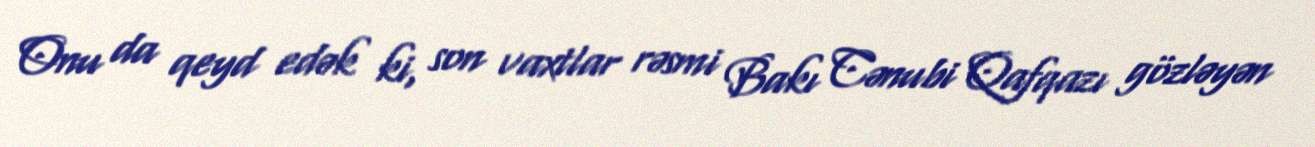
Onu da qeyd edək ki, son vaxtlar rəsmi Bakı Cənubi Qafqazı gözləyən